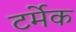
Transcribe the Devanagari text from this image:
टर्मेक